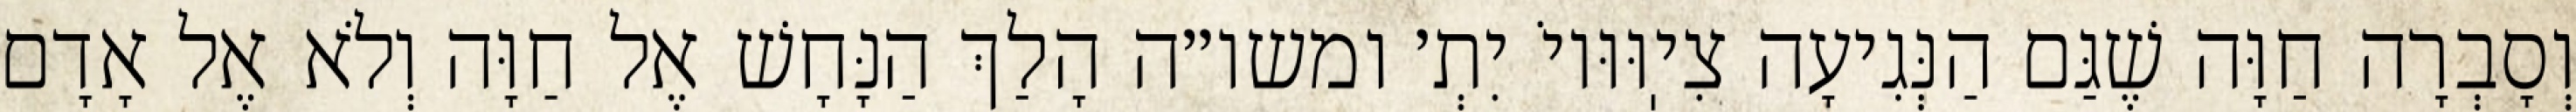
וְסָבְרָה חַוָּה שֶׁגַּם הַנְּגִיעָה צִיֽוּוּיוֹ יִתְ׳ ומשו״ה הָלַךְ הַנָּחָשׁ אֶל חַוָּה וְלֹא אֶל אָדָם